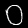
Digit: 0